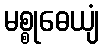
မစ္စုဓေယျံ